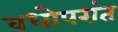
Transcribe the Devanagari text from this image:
वधोपरांत